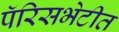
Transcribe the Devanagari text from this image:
पॅरिसभेटीत